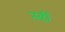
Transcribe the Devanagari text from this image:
तब्हीं